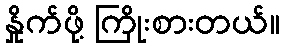
နှိုက်ဖို့ ကြိုးစားတယ်။